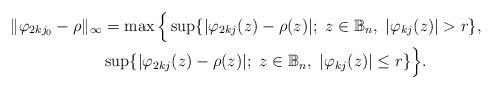
LaTeX: \begin{align*}\|\varphi_{2kj_0}-\rho\|_\infty&=\max \Big{\{} \sup\{|\varphi_{2kj}(z)-\rho(z)|; \ z\in \mathbb{B}_n, \ |\varphi_{kj}(z)|>r\},\\&\sup\{|\varphi_{2kj}(z)-\rho(z)|; \ z\in \mathbb{B}_n, \ |\varphi_{kj}(z)|\leq r\}\Big{\}}.\end{align*}